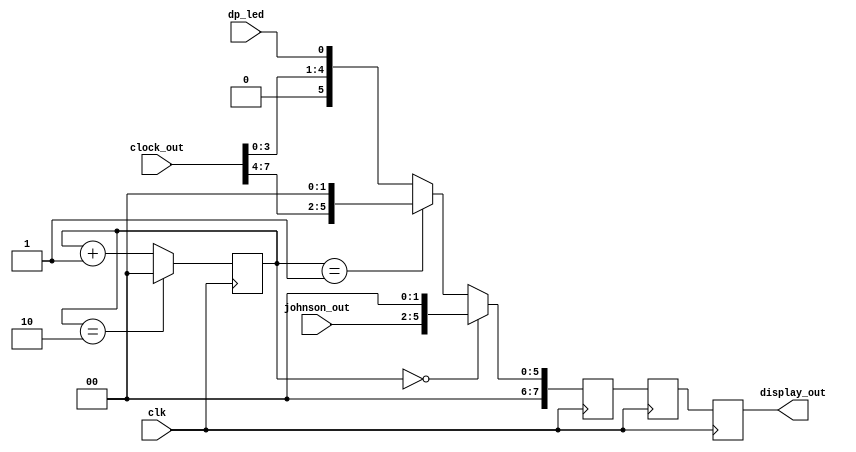
module DisplayController (
  input wire clk,  // 50MHz clock
  input [3:0] johnson_out,
  input [7:0] clock_out,
  input dp_led,
  output reg [7:0] display_out
);

reg [7:0] display_reg [0:2];
reg [1:0] scroll_count;

always @(posedge clk) begin
  // Scroll display logic
  if (scroll_count == 2'b00) begin
    display_reg[2] <= {johnson_out, 2'b00};  // Johnson Counter
    display_reg[1] <= display_reg[2];
    display_reg[0] <= display_reg[1];
  end else if (scroll_count == 2'b01) begin
    display_reg[2] <= {clock_out[7:4], 2'b00};  // Hours
    display_reg[1] <= display_reg[2];
    display_reg[0] <= display_reg[1];
  end else begin
    display_reg[2] <= {clock_out[3:0], dp_led};  // Minutes with DP LEDs
    display_reg[1] <= display_reg[2];
    display_reg[0] <= display_reg[1];
  end

  // Increment scroll count
  scroll_count <= scroll_count + 1;
  if (scroll_count == 2'b10) scroll_count <= 2'b00;

end

assign display_out = display_reg[0];

endmodule